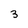
Character: 3